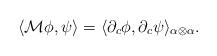
LaTeX: \begin{align*} \langle \mathcal{M}\phi,\psi \rangle=\langle \partial_c \phi,\partial_c \psi \rangle_{\alpha\otimes \alpha}.\end{align*}